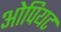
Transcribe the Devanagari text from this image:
ओपियट